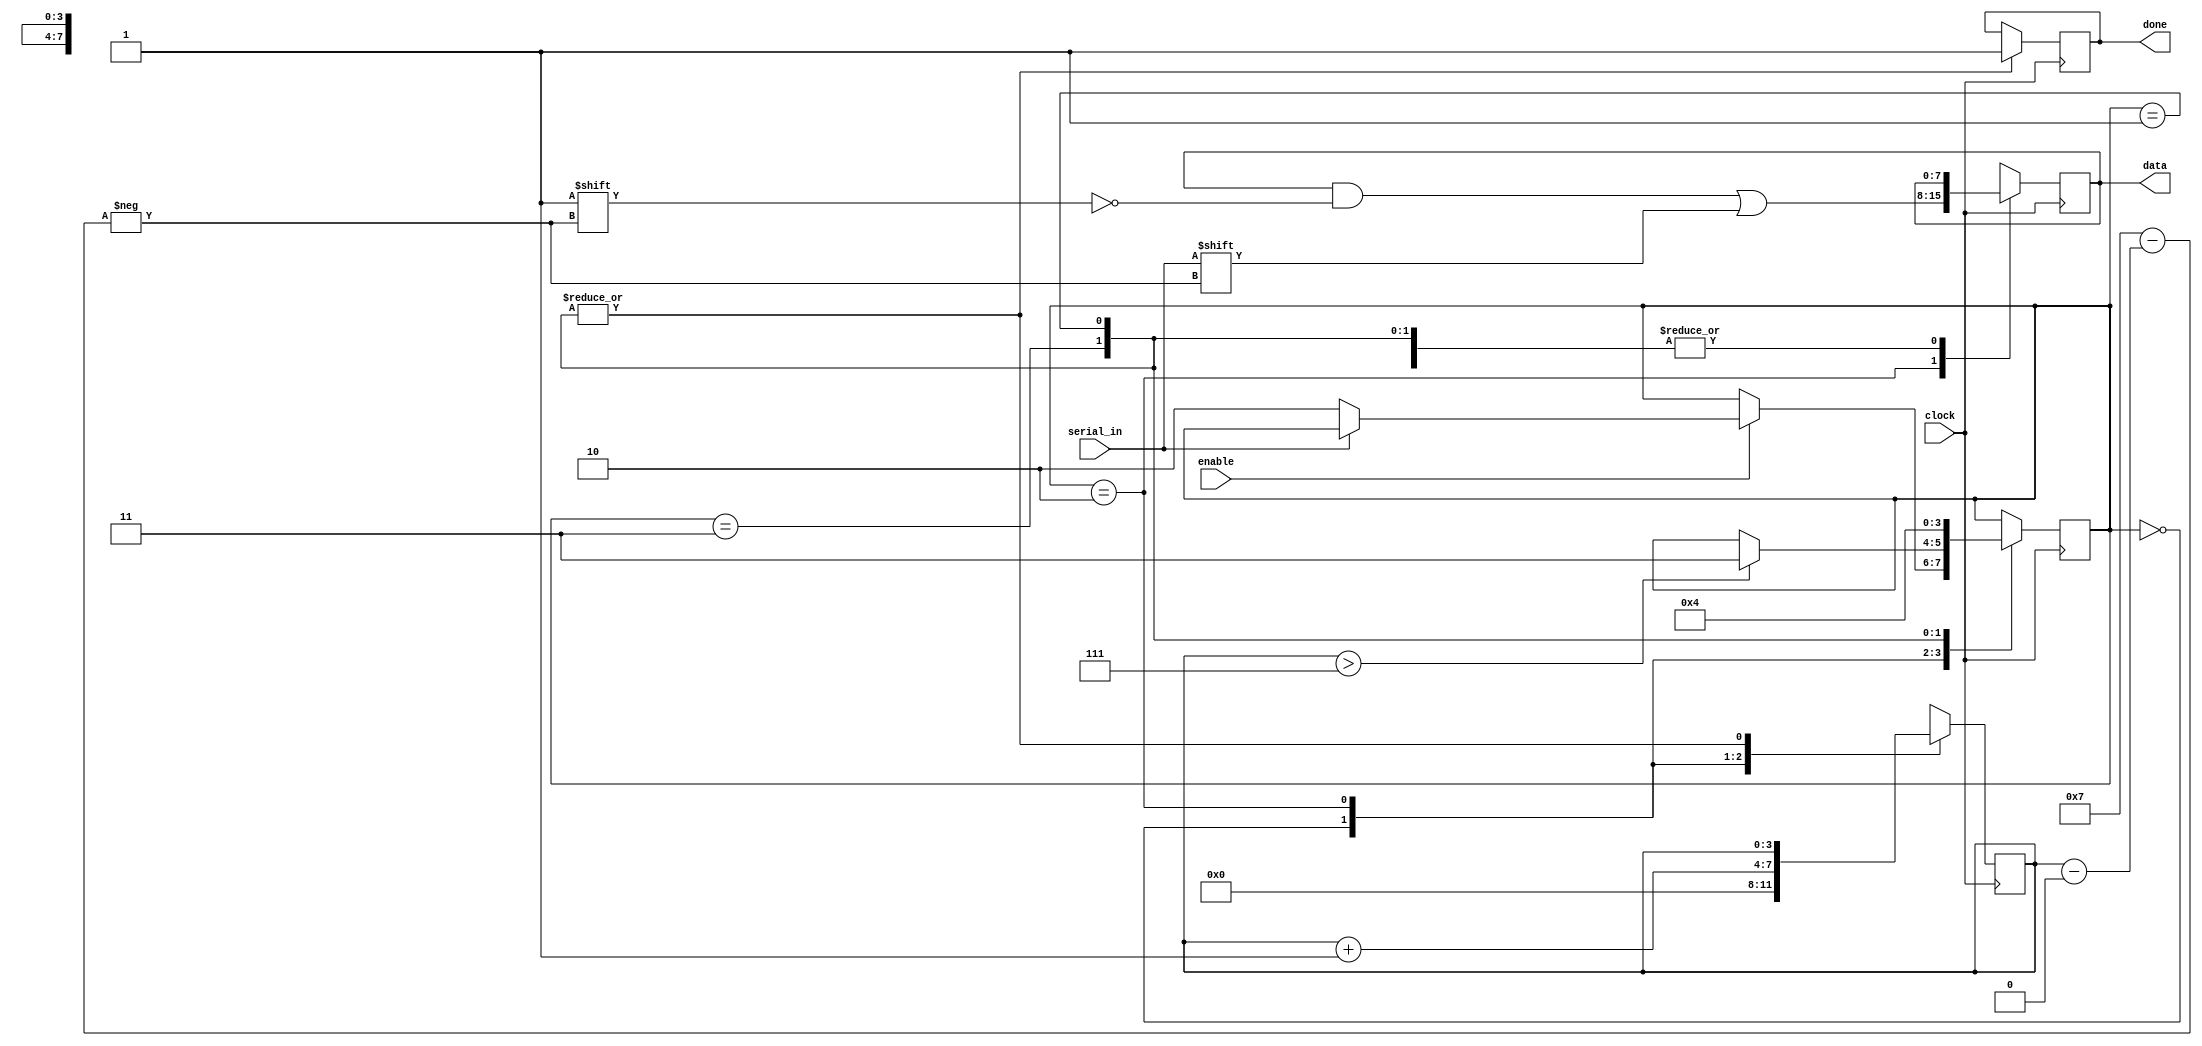
module uart_rx(
input enable,
input clock,
input serial_in,
output reg[0:7] data,
output reg done
    );
parameter idle_state = 2'b000;
parameter data_bits = 2'b010;
parameter stop_bit = 2'b011;
parameter cleanup_state = 2'b01;
reg[1:0] state = idle_state;
reg[3:0] bit_count;

always @(posedge clock)
begin
case(state)
idle_state:
begin
bit_count = 3'b0000;
if(enable == 1'b1)
if(serial_in == 1'b0)
state <= data_bits;
end
data_bits:
begin
data[bit_count] = serial_in;
bit_count <= bit_count + 1;
if(bit_count > 7)
state <= stop_bit;
end
stop_bit:
begin
done <= 1'b1;
state <= cleanup_state;
end
cleanup_state:
begin
done <= 1'b1;
state <= idle_state;
end
default:
begin
state <= idle_state;
end
endcase
end
endmodule